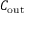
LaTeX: C _ { \mathrm { o u t } }